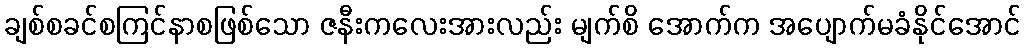
ချစ်စခင်စကြင်နာစဖြစ်သော ဇနီးကလေးအားလည်း မျက်စိ အောက်က အပျောက်မခံနိုင်အောင်